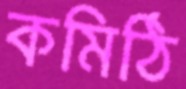
কমিঠি